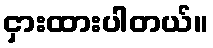
ငှားထားပါတယ်။